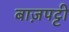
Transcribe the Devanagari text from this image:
बाज़पट्टी